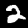
Label: 2